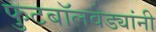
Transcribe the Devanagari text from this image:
फुटबॉलवेड्यांनी